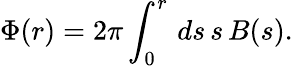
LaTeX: \Phi(r)=2\pi\int_{0}^{r}\, ds\, s\, B(s).